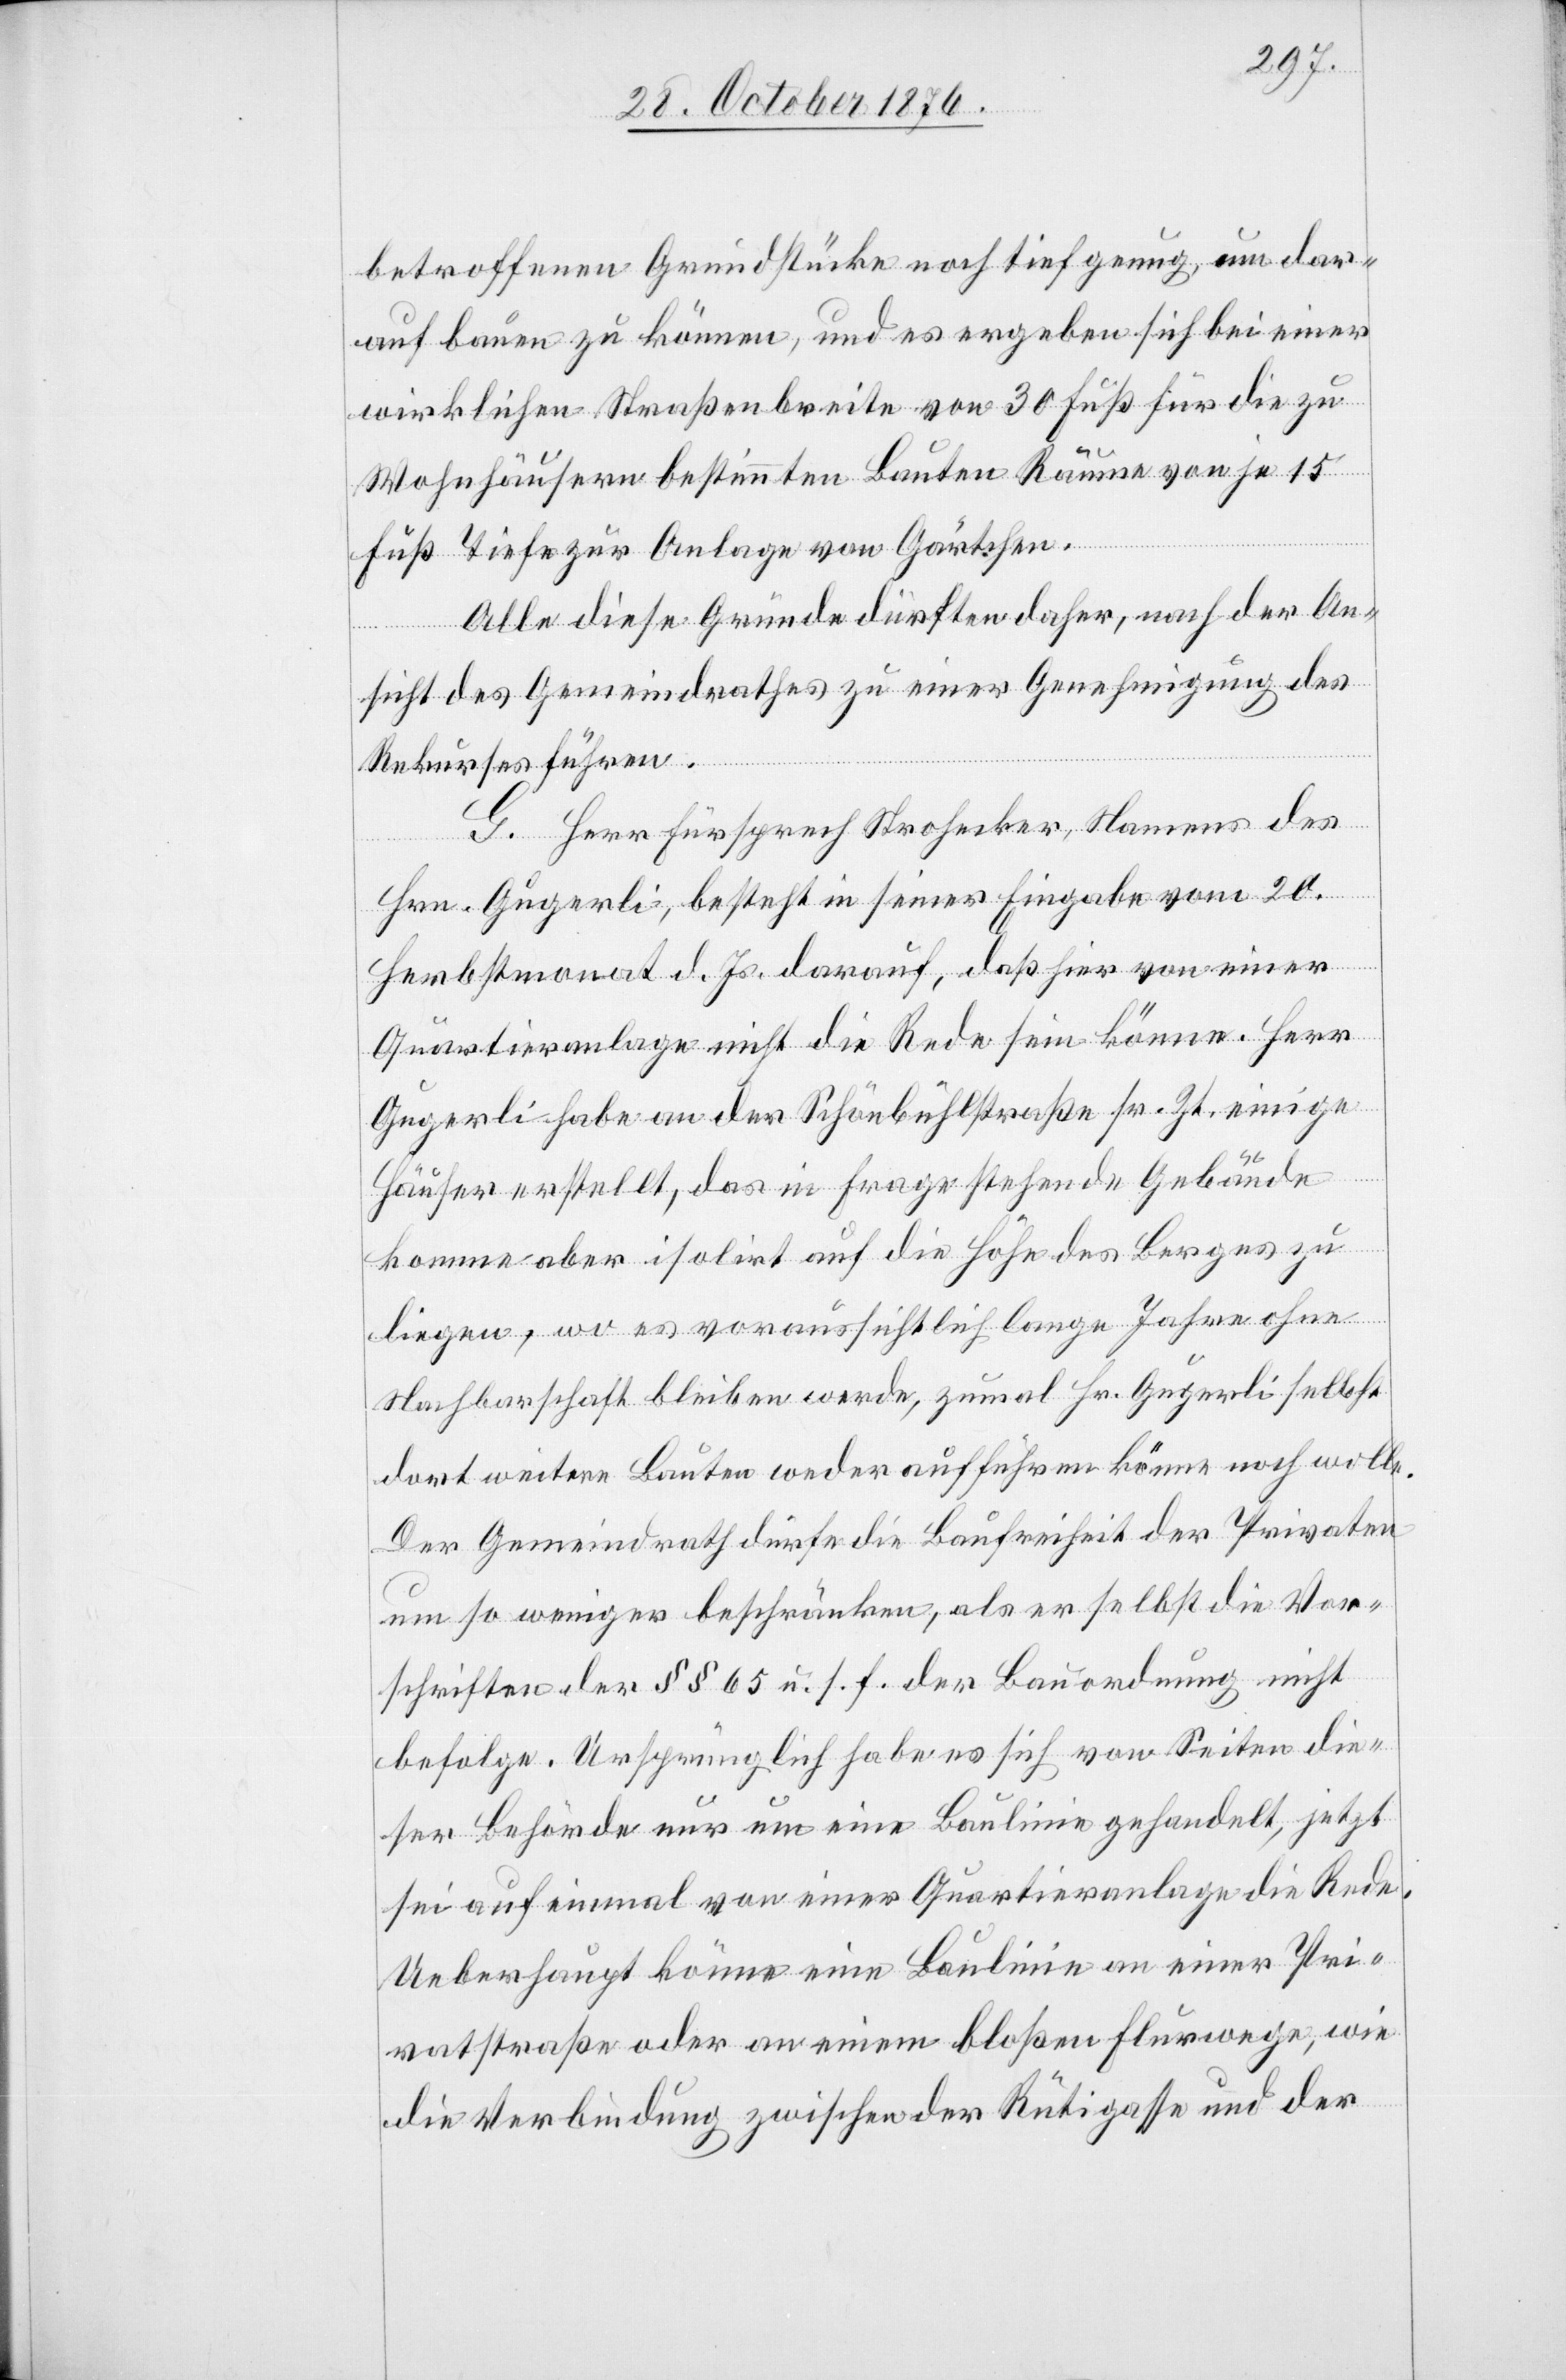
betroffenen Grundstücke noch tief genug, um dar¬
auf bauen zu können, und es ergeben sich bei einer
wirklichen Straßenbreite von 30 Fuß für die zu
Wohnhäusern bestimmten Bauten Räume von je 15
Fuß Tiefe zur Anlage von Gärtchen.
Alle diese Gründe dürften daher, nach der An¬
sicht des Gemeindrathes zu einer Genehmigung des
Rekurses führen.
G. Herr Fürsprech Strohecker, Namens des
Hrn. Gugerli, besteht in seiner Eingabe vom 20.
Herbstmonat d. Js. darauf, daß hier von einer
Quartieranlage nicht die Rede sein könne. Herr
Gugerli habe an der Schönbühlstraße sr. Zt. einige
Häuser erstellt, das in Frage stehende Gebäude
komme aber isoliert auf die Höhe des Berges zu
liegen, wo es voraussichtlich lange Jahre ohne
Nachbarschaft bleiben werde, zumal Hr. Gugerli selbst
dort weitere Bauten weder aufführen könne noch wolle.
Der Gemeindrath dürfe die Baufreiheit der Privaten
um so weniger beschränken, als er selbst die Vor¬
schriften der §§ 65 u. s. f. der Bauordnung nicht
befolge. Ursprünglich habe es sich von Seiten die¬
ser Behörde nur um eine Baulinie gehandelt, jetzt
sei auf einmal von einer Quartieranlage die Rede.
Ueberhaupt könne eine Baulinie an einer Pri¬
vatstraße oder an einem bloßen Flurwege, wie
die Verbindung zwischen der Rütigasse und der